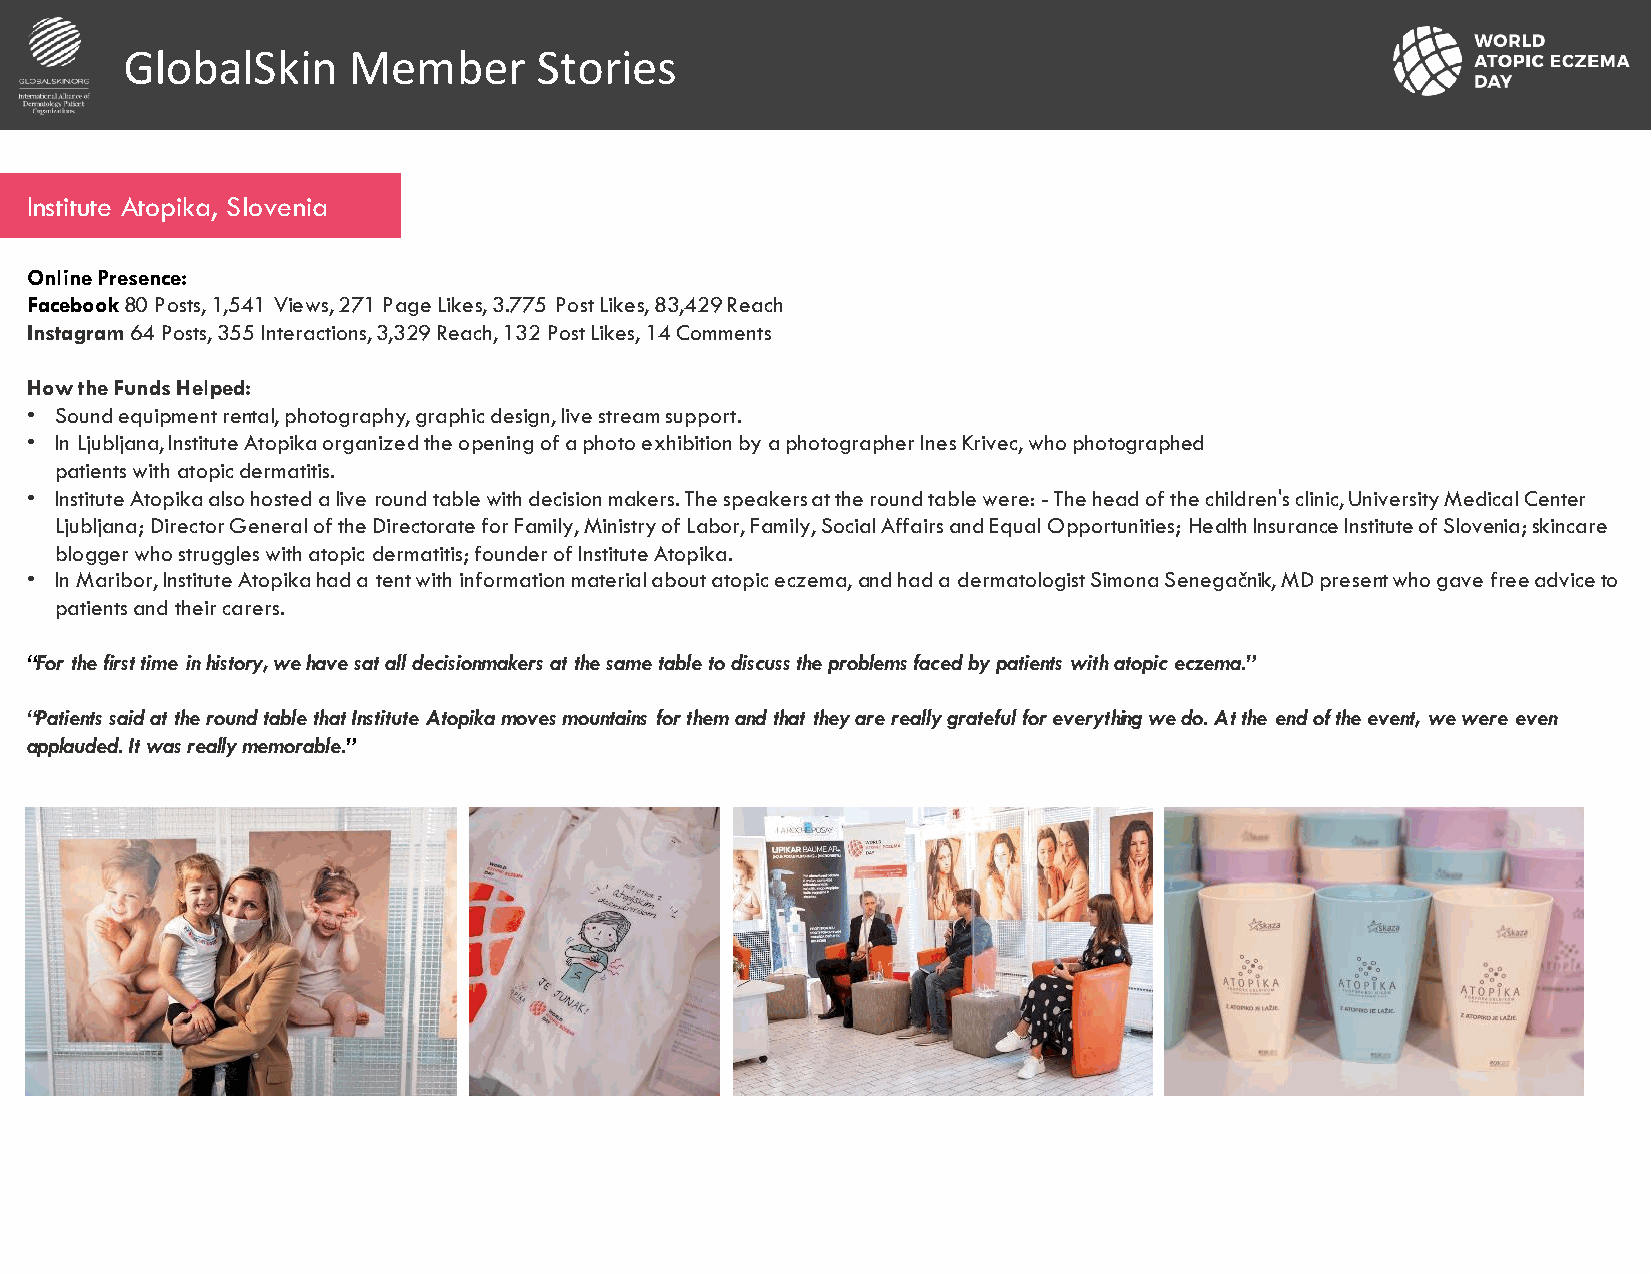
GlobalSkin     Member       Stories
 Institute Atopika, Slovenia
 Online Presence:
 Facebook80 Posts, 1,541 Views, 271 Page Likes, 3.775 Post Likes, 83,429Reach
 Instagram64 Posts, 355 Interactions, 3,329 Reach, 132 Post Likes, 14Comments
 How the Funds Helped:
 • Sound equipment rental, photography, graphic design, live stream support.
 • In Ljubljana, InstituteAtopikaorganized the opening of a photo exhibition by a photographer InesKrivec, who photographed
 patients with atopic dermatitis.
 • InstituteAtopikaalso hosted alive round table with decision makers. The speakers at the round table were: -The head of the children's clinic, University Medical Center
 Ljubljana; Director General of the Directorate for Family, Ministry of Labor, Family, Social Affairs and Equal Opportunities; Health Insurance Institute of Slovenia;skincare
 blogger who struggles with atopic dermatitis;founder of InstituteAtopika.
 • In Maribor,InstituteAtopikahad a tent with information material about atopic eczema,and had a dermatologist SimonaSenegačnik, MD present who gave free advice to
 patients and their carers.
 “For the first time in history, we have sat all decisionmakers at the same table to discuss the problems faced by patients with atopiceczema.”
 “Patients said at the round table that InstituteAtopikamoves mountains for them and that they are really grateful for everything we do. At the end of the event, we were even
 applauded. It was really memorable.”